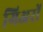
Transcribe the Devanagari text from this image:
गिअरों